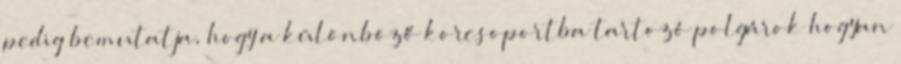
pedig bemutatja, hogy a különböző korcsoportba tartozó polgárok hogyan